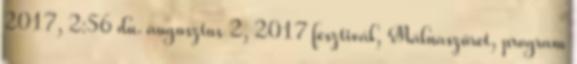
2017, 2:56 du. augusztus 2, 2017 fesztivál, Málnaszüret, program